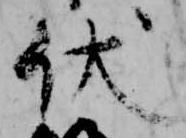
伏